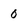
Character: 0